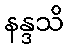
နန္ဒသိ